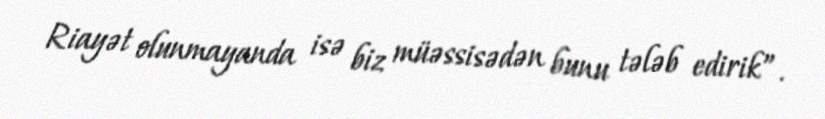
Riayət olunmayanda isə biz müəssisədən bunu tələb edirik”.